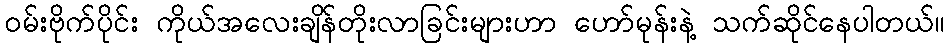
ဝမ်းဗိုက်ပိုင်း ကိုယ်အလေးချိန်တိုးလာခြင်းများဟာ ဟော်မုန်းနဲ့ သက်ဆိုင်နေပါတယ်။